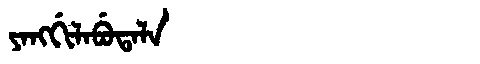
Manchu: ᠶᠠᠩᡤᡳᠯᠠᠪᡠᡨᠠᠯᠠ
Romanization: YANGGILABUTALA